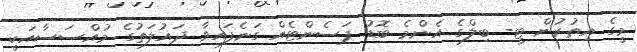
މީގެ އިތުރުން ޓީ- ބިލްގެ އެންމެ ބޮޑު ޕަސެންޓެއް ގަނެފައިވާ ދައުލަތުގެ މުއްސަސާއަކީ